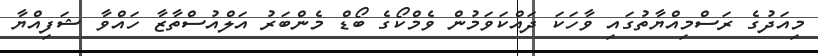
މިއަދުގެ ރަސްމިއްޔާތުގައި ވާހަކަ ދައްކަވަމުން ވެމްކޯގެ ބޯޑް މެންބަރު އަލްއުސްތާޒާ ހައްވާ ޝަފިއްޔާ